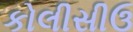
કોલીસીઉ